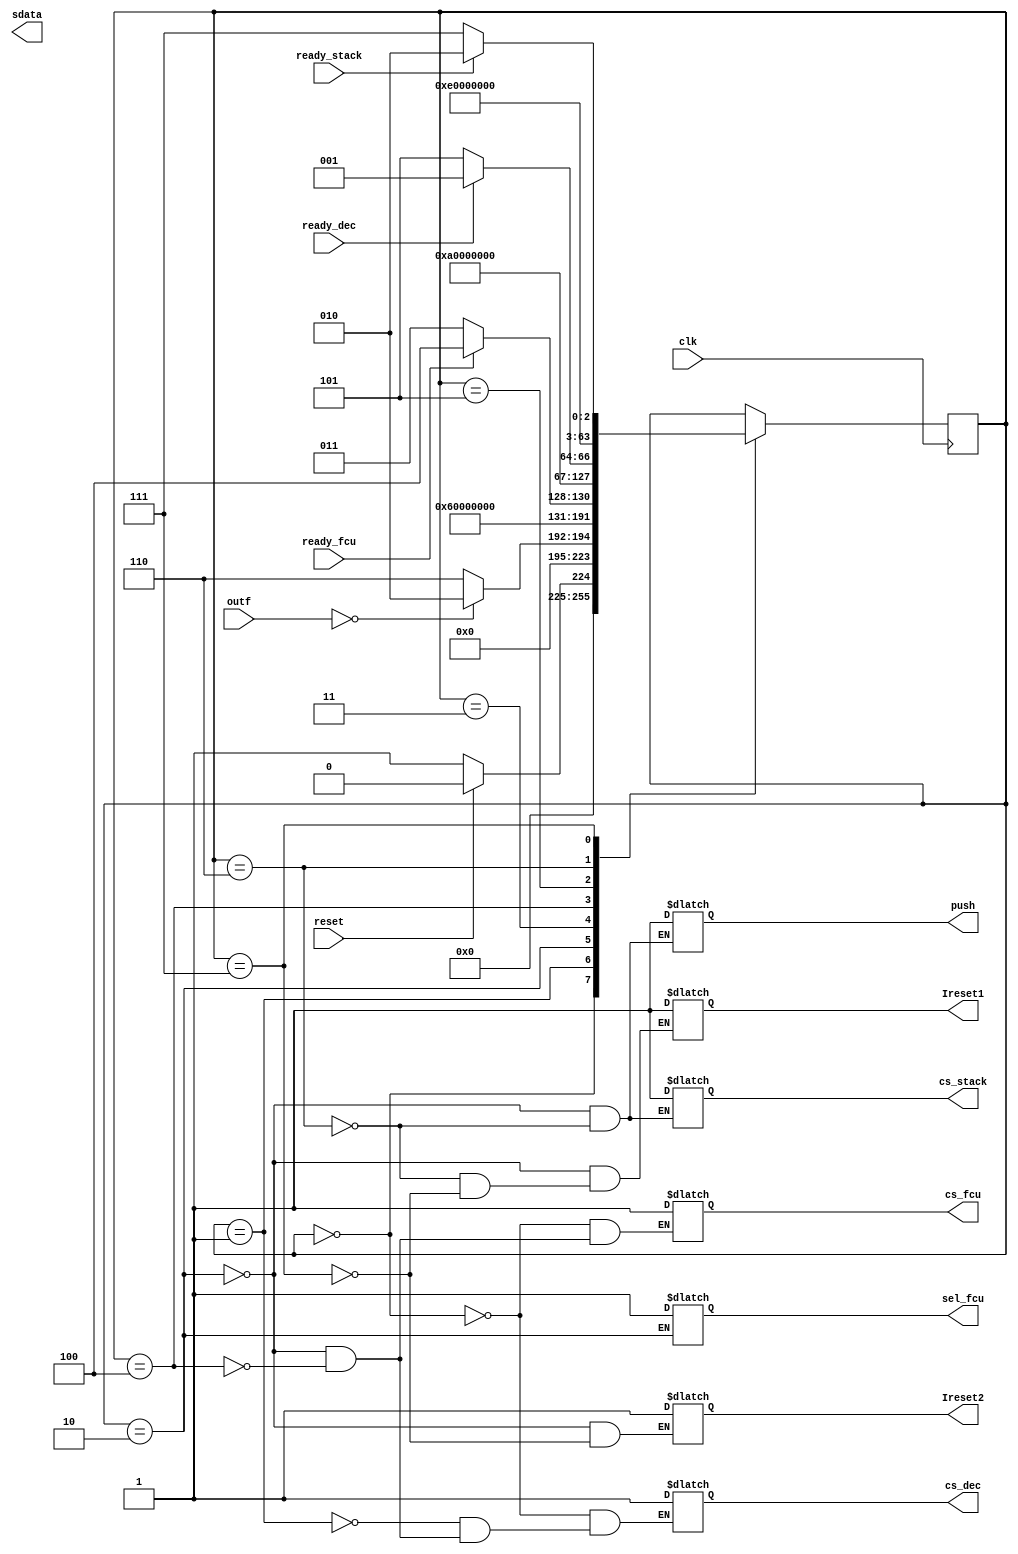
`timescale 1ns / 1ps
//////////////////////////////////////////////////////////////////////////////////
// Company: 
// Engineer: 
// 
// Design Name: 
// Module Name: cu2
// Project Name: 
// Target Devices: 
// Tool Versions: 
// Description: 
// 
// Dependencies: 
// 
// Revision:
// Revision 0.01 - File Created
// Additional Comments:
// 
//////////////////////////////////////////////////////////////////////////////////
//fetch-decode
module cu2(clk,reset,ready_dec,ready_fcu,cs_fcu,sel_fcu,cs_dec,outf,cs_stack,sdata,push,ready_stack,Ireset1,Ireset2);
input clk,reset,ready_dec,ready_fcu,ready_stack;
output reg cs_fcu,sel_fcu,cs_dec,cs_stack,push,Ireset1,Ireset2;
input [1:0] outf;
output [15:0] sdata;
integer state=0;

always@(posedge clk)
begin
case(state)
0:begin
if(reset)
state=0;
else
state=1;
end
1:begin
if(outf==2'b0)
state=2;
else
state=6;
end
//fetch
2: state=3;
3:begin
if(ready_fcu)
state=4;
else
state=3;
end
4:state=5;
//decode
5:begin
if(ready_dec)
state=1;
else
state=5;
end
6:state=7;
7:begin
if(ready_stack)
state=2;
else
state=7;
end
endcase
end

always@(state)
begin
case(state)
0:begin
cs_fcu=1'bz;
cs_dec=1'bz;
end
1:cs_dec=1'bZ;
//fetch
2:begin
cs_fcu=1;
cs_dec=1'bZ;
sel_fcu=1;
cs_stack=1'bZ;
push=1'bZ;
 Ireset2=1'bz;//i change
Ireset1=1'bz;

end
//decode
4:begin
cs_dec=1;
cs_fcu=1'bZ;
end
6:begin
Ireset1=1'b1;
cs_stack=1;
push=1;
end
7:begin
   
    Ireset2=1'b1;//this makes pc =200;
    Ireset1<=1'b1;//i change

 end
endcase
end
endmodule